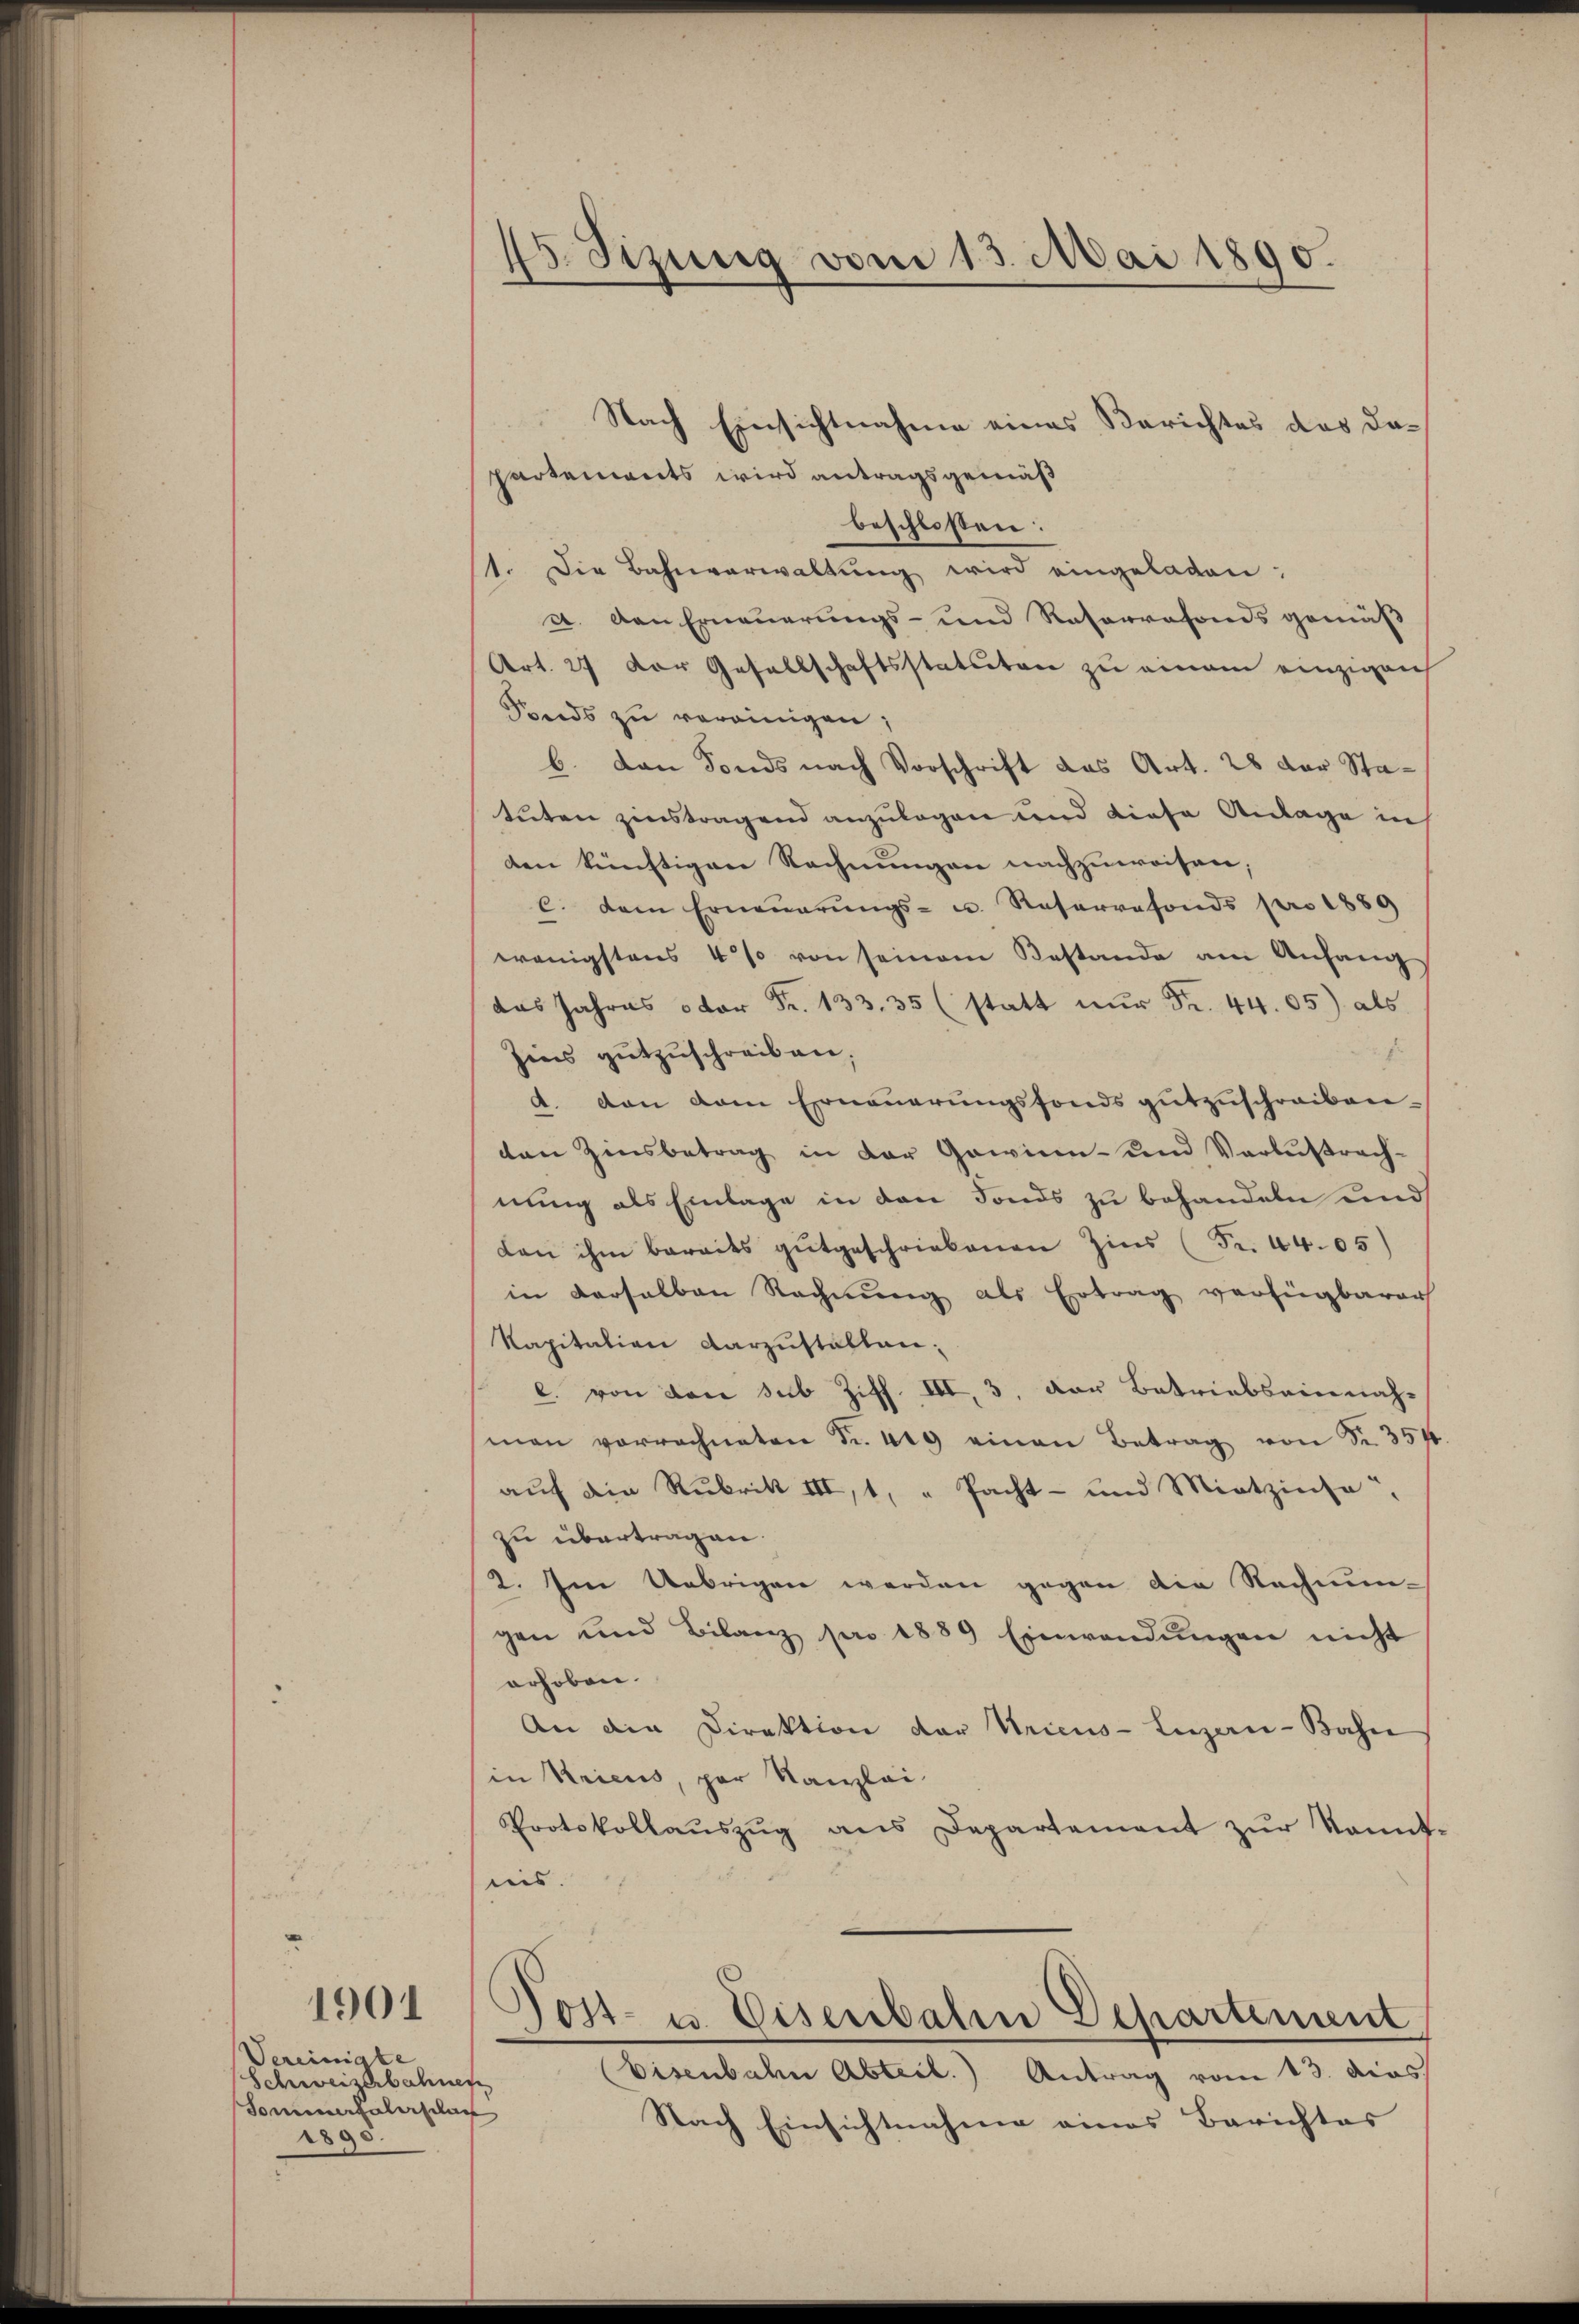
1901

Vereinigte
Schweizerbahnen
Sommerfahrplan
1895.

45. Sizung vom 13. Mai 1890.

Nach Einsichtnahme eines Berichtes das dapartements wird antragsgemäß
beschlossen:
1. Die Bahnverwaltung wird eingeladen:
a. den Erneuerungs- und Retorrefonds gemäß
Art. 27 der Gesellschaftsstatuten zu einem einzigen
Ponds zu vereinigen;
b. dan Fonds nach Vorschrift das Art. 28 der Statuten zinstragend anzulagen und diese Anlage in
den künftigen Rechnungen nachzuweisen;
c. dem Erneṅerŭngs- u. Reservefonds pro 1889
wenigstens 4% von seinem Restande am Anfang
das Jahres der Fr. 133. 35 (statt nŭr Fr. 44. 05) als
Zins gutzuschreiben.
f
d. den vom Erneuerungsfonds gutzuschreiben.
den Zinsbetrag in der Gewinn- und Verlustrachnung als Einlage in den Fonds zu behandeln und
Lan ihm bereits gutgeschriebenen Zins (Fr. 44. 05)
in derselben Rechnung als Ertrag verfügbarer
Kapitation darzustalten:
c. von den sub Ziff. III, 3. der Betriebseinnahman vorrechneten Fr. 49 einen Betrag von S. 354.
auf die Rubrik III, 1, " Pacht- und Mietzinse
zu übertragen.
2. Im Uebrigen werden gegen die Rechnun-
gen und Bilanz pro 1889 Einwendŭngen nicht
erhoben.
An die Direktion der Uricus-Lizen-Bahn
in Kriens, par Kanzlei-
Protokollaŭszŭg ans Departement zŭr kannt-
nis.
Jost- u. Eisenbahn Departement
Eisenbahn Abteil. Antrag vom 13. dies
.
Nach Einsichtnahme eines Berichtes